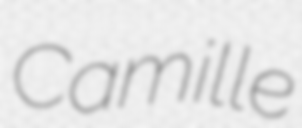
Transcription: Camille